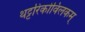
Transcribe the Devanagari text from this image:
थट्टरिकोविलकम्